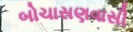
બોચાસણવાસી